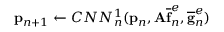
\mathbf { p } _ { n + 1 } \leftarrow C N N _ { n } ^ { 1 } ( \mathbf { p } _ { n } , \mathbf { A } \mathbf { \overline { { f } } } _ { n } ^ { e } , \mathbf { \overline { { g } } } _ { n } ^ { e } )